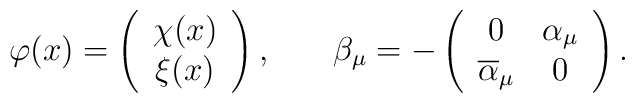
\varphi (x)=\left(\begin{array}{c}\chi (x) \\\xi (x)\end{array}\right) ,\hspace{0.3in}\beta _\mu =-\left(\begin{array}{cc}0 & \alpha _\mu \\\overline{\alpha }_\mu & 0\end{array}\right) .